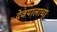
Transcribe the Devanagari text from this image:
देवपालाचा